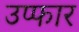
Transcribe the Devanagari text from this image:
उप्फार